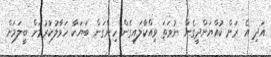
އަދި އެ ރަށް ކުއްޔަށްދީގެން ނުވަތަ ވިއްކާލައިގެން ހިންގަން ބަޔަކާ ހަވާލުކުރުމަށް ބީލަމަށް